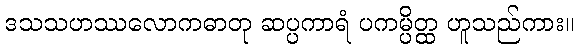
ဒသသဟဿလောကဓာတု ဆပ္ပကာရံ ပကမ္ပိတ္ထ ဟူသည်ကား။